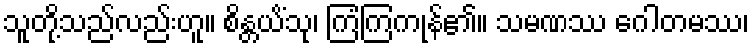
သူတို့သည်လည်းဟူ။ စိန္တယိံသု၊ ကြံကြကုန်၏။ သမဏဿ ဂေါတမဿ၊